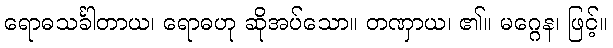
ရောဓသင်္ခါတာယ၊ ရောဓဟု ဆိုအပ်သော။ တဏှာယ၊ ၏။ မဂ္ဂေန၊ ဖြင့်။